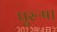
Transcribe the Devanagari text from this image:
पुरूष।